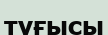
туғысы